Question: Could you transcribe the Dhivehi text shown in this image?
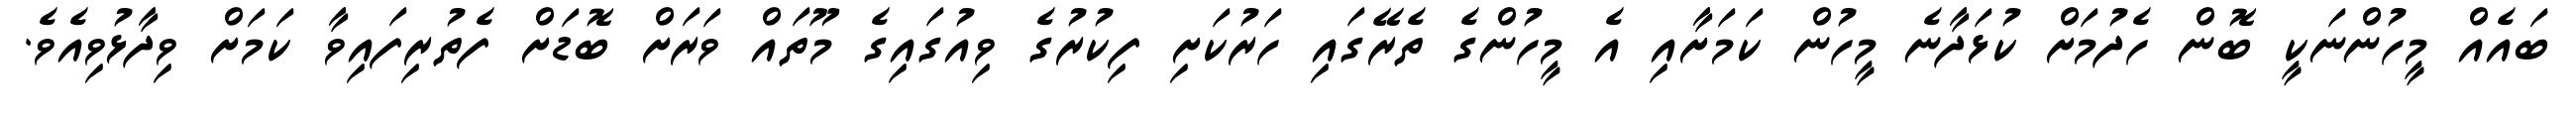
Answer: ބައެއް މީހުންނަކީ ބޮން ހެދުމަށް ކުޅަދާނެ މީހުން ކަމަށާއި އެ މީހުންގެ ތެރޭގައި ހަރުކަށި ފިކުރުގެ ވިއުގައިގެ މޫތައް ވަރަށް ބޮޑަށް ފެތުރިފައިވާ ކަމަށް ވިދާޅުވިއެވެ.